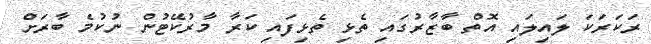
ރަކަރަކަ ލައިލައި އޮތް ބާޒާރުގައި ތެޅި ތެޅިފައި ކަރާ މާރުކޭޓުން ނުކުމެ ބާރަށް